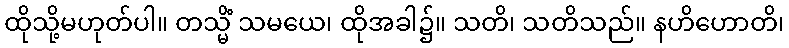
ထိုသို့မဟုတ်ပါ။ တသ္မိံ သမယေ၊ ထိုအခါ၌။ သတိ၊ သတိသည်။ နဟိဟောတိ၊